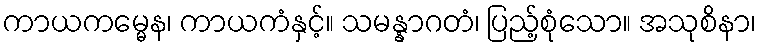
ကာယကမ္မေန၊ ကာယကံနှင့်။ သမန္နာဂတံ၊ ပြည့်စုံသော။ အသုစိနာ၊